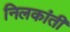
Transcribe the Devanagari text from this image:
निलकांती